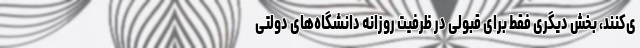
ی‌کنند، بخش دیگری فقط برای قبولی در ظرفیت روزانه دانشگاه‌های دولتی